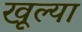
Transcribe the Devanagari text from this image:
खूल्या